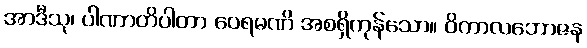
အာဒီသု၊ ပါဏာတိပါတာ ဝေရမဏိ အစရှိကုန်သော။ ဝိကာလဘောဇန